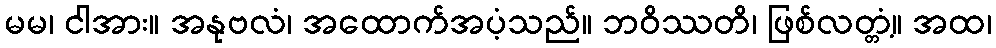
မမ၊ ငါအား။ အနုဗလံ၊ အထောက်အပံ့သည်။ ဘဝိဿတိ၊ ဖြစ်လတ္တံ့။ အထ၊